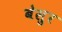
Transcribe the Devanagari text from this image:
बेसुर